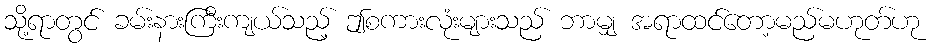
သို့ရာတွင် ခမ်းနားကြီးကျယ်သည့် ဤစကားလုံးများသည် ဘာမျှ အရာထင်တော့မည်မဟုတ်ဟု